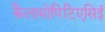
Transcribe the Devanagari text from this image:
कैलामोपिटिएसिई